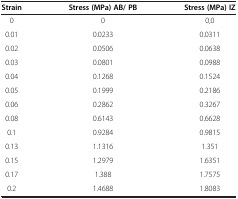
| Strain | Stress (MPa) AB/ PB | Stress (MPa) IZ |
 | --- | --- | --- |
 | 0 | 0 | 0,0 |
 | 0.01 | 0.0233 | 0.0311 |
 | 0.02 | 0.0506 | 0.0638 |
 | 0.03 | 0.0801 | 0.0988 |
 | 0.04 | 0.1268 | 0.1524 |
 | 0.05 | 0.1999 | 0.2186 |
 | 0.06 | 0.2862 | 0.3267 |
 | 0.08 | 0.6143 | 0.6628 |
 | 0.1 | 0.9284 | 0.9815 |
 | 0.13 | 1.1316 | 1.351 |
 | 0.15 | 1.2979 | 1.6351 |
 | 0.17 | 1.388 | 1.7575 |
 | 0.2 | 1.4688 | 1.8083 |